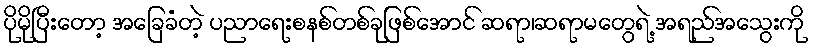
ပိုမိုပြီးတော့ အခြေခံတဲ့ ပညာရေးစနစ်တစ်ခုဖြစ်အောင် ဆရာ၊ဆရာမတွေရဲ့ အရည်အသွေးကို